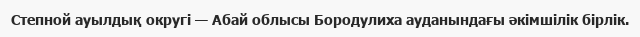
Степной ауылдық округі — Абай облысы Бородулиха ауданындағы әкімшілік бірлік.